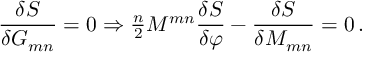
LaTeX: \frac { \delta S } { \delta G _ { m n } } = 0 \Rightarrow { \textstyle \frac { n } { 2 } } { \cal M } ^ { m n } \frac { \delta S } { \delta \varphi } - \frac { \delta S } { \delta { \cal M } _ { m n } } = 0 \, .